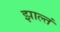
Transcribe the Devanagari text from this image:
झाल्तं